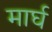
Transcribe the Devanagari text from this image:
मार्घ